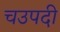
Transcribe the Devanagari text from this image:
चउपदी